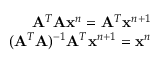
\begin{array} { r } { \mathbf { A } ^ { T } \mathbf { A } \mathbf { x } ^ { n } = \mathbf { A } ^ { T } \mathbf { x } ^ { n + 1 } } \\ { ( \mathbf { A } ^ { T } \mathbf { A } ) ^ { - 1 } \mathbf { A } ^ { T } \mathbf { x } ^ { n + 1 } = \mathbf { x } ^ { n } } \end{array}